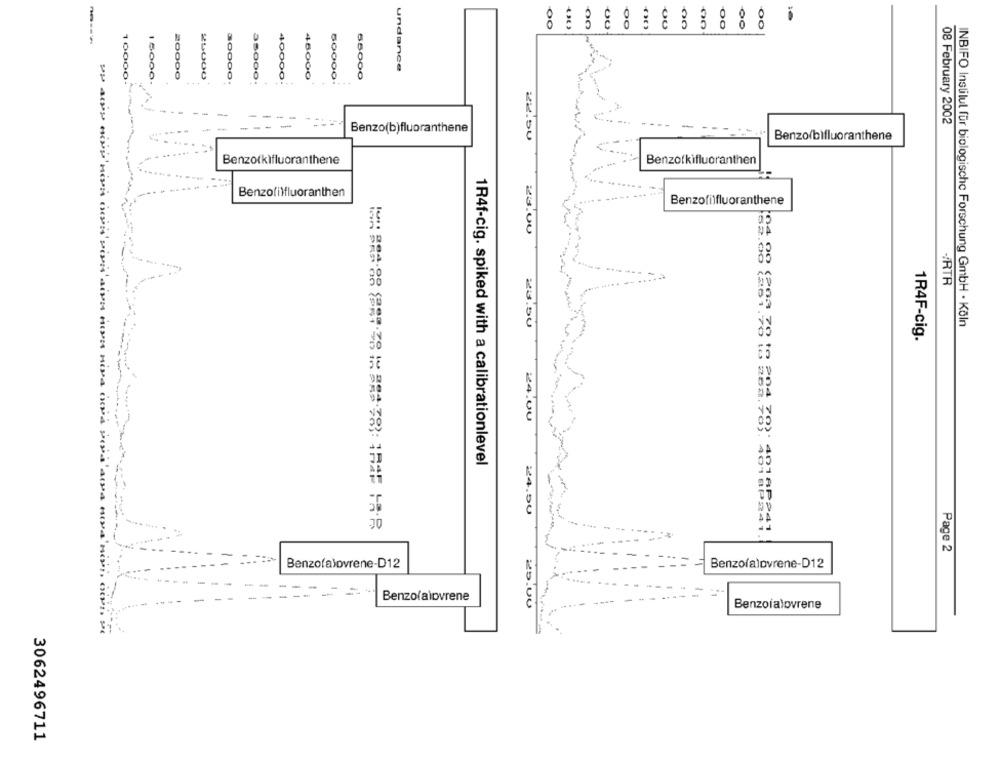
OU
00
00
00
undance
20000
25000
40000
46000
55000
16000.
30000.
35000.
50000
10000.
08 February 2002
Benzo(b)fluoranthene
22.50
Benzo bifluoranthene
Benzotkifluoranthene
Benzotkifluoranthen
Benzofi)fluoranthen
Benzofilfluoranthene
OF
25.00
HRTR
23.50
INBIFO Institut für biologische Forschung GmbH · Köln
1R4F-cig.
24.00
1R4f-cig. spiked with a calibrationlevel
24.50
Page 2
Benzofalovrene-D12
Benzofalovrene-D12
Benzolalovrene
25.00
Benzoialovrene
3062496711